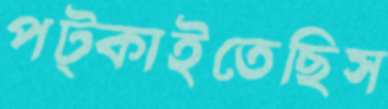
পট্‌কাইতেছিস